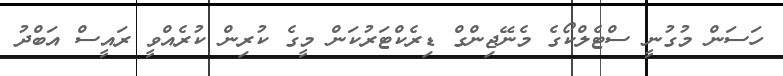
ހަސަން މުގުނީ ސްޓެލްކޯގެ މެނޭޖިންގް ޑިރެކްޓަރުކަން މީގެ ކުރިން ކުރެއްވީ ރައީސް އަބްދު